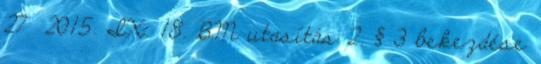
27 2015. IX. 18. BM utasítás 2. § 3 bekezdése